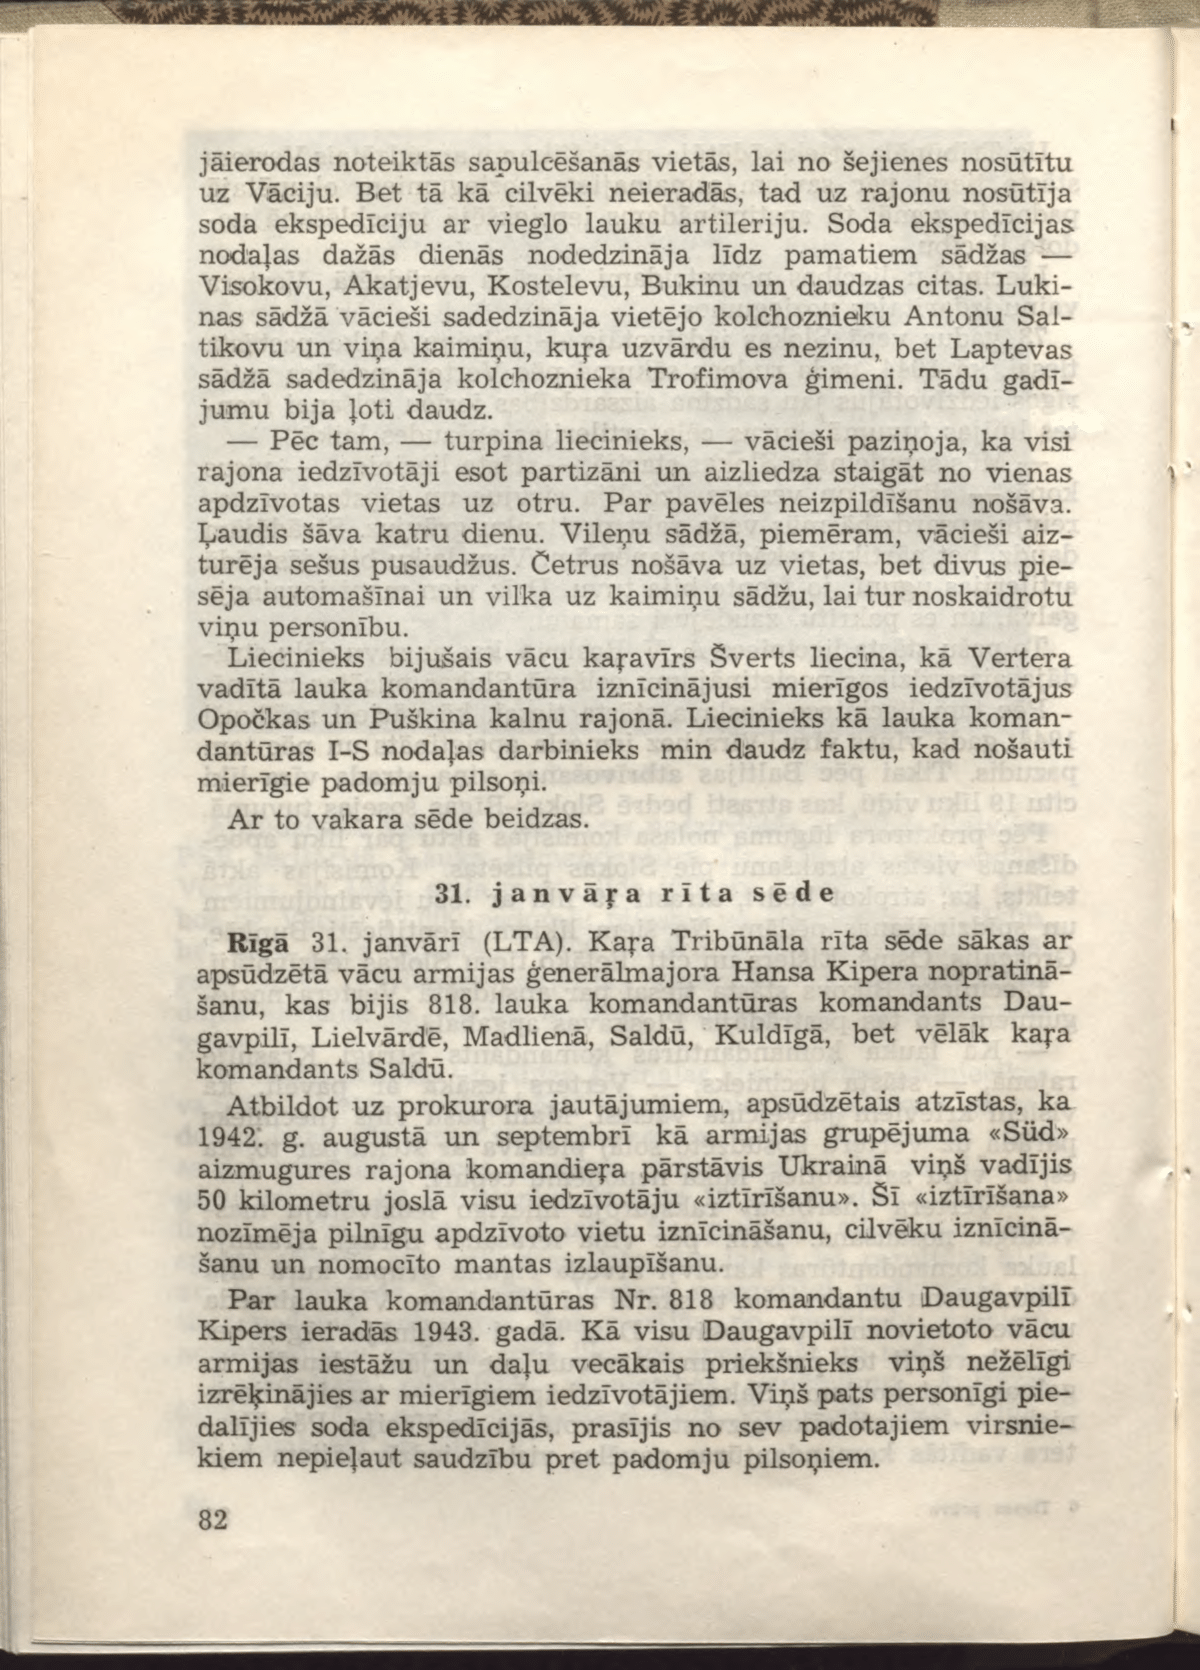
Language: lv